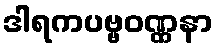
ဒါရကပဗ္ဗဝဏ္ဏနာ